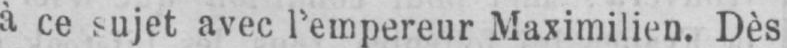
à ce sujet avec l’empereur Maximilien. Dès